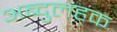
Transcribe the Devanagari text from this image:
अब्दुलहक